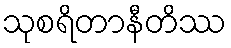
သုစရိတာနီတိဿ